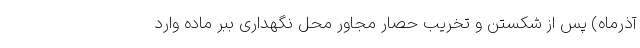
آذرماه) پس از شکستن و تخریب حصار مجاور محل نگهداری ببر ماده وارد